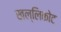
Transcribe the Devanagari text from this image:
खल्लिकोट